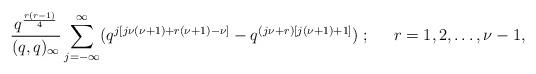
LaTeX: \begin{align*}\frac{q^{\frac{r(r-1)}{4}}}{(q,q)_{\infty}}\sum_{j=-\infty}^{\infty}(q^{j[j\nu(\nu+1)+r(\nu+1)-\nu]}-q^{(j\nu+r)[j(\nu+1)+1]})\;;\;\;\;\;\; r=1,2,\ldots,\nu-1,\end{align*}